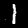
Digit: 1